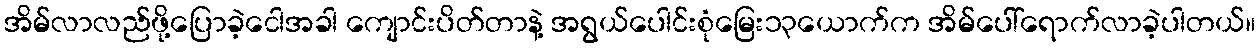
အိမ်လာလည်ဖို့ပြောခဲ့ငေါအခါ ကျောင်းပိတ်တာနဲ့ အရွယ်ပေါင်းစုံမြေး၁၃ယောက်က အိမ်ပေါ်ရောက်လာခဲ့ပါတယ်။